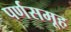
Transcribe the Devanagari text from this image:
पर्णसमूह